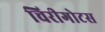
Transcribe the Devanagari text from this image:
चिरीगोटस